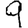
Digit: 9